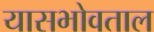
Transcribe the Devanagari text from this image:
यासभोवताल